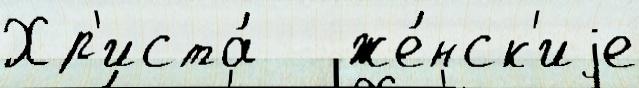
Хр'иста́   же́нск'иjе